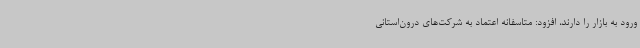
ورود به بازار را دارند، افزود: متاسفانه اعتماد به شرکت‌های درون‌استانی